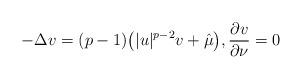
LaTeX: \begin{align*}-\Delta v= (p-1)\bigl(|u|^{p-2}v+\hat \mu\bigr) ,\frac{\partial v}{\partial \nu}=0 \end{align*}